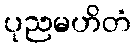
ပုညမဟိတံ